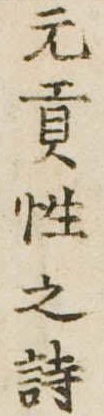
元貢性之詩